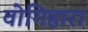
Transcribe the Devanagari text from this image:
वोगिहारा